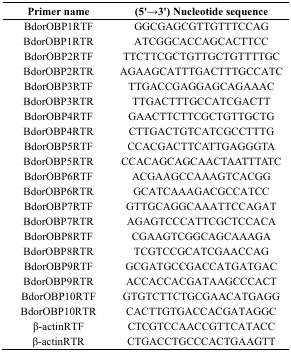
<table><thead><tr><td><b>Primer name</b></td><td><b>(5′→3′) Nucleotide sequence</b></td></tr></thead><tbody><tr><td>BdorOBP1RTF</td><td>GGCGAGCGTTGTTTCCAG</td></tr><tr><td>BdorOBP1RTR</td><td>ATCGGCACCAGCACTTCC</td></tr><tr><td>BdorOBP2RTF</td><td>TTCTTCGCTGTTGCTGTTTTGC</td></tr><tr><td>BdorOBP2RTR</td><td>AGAAGCATTTGACTTTGCCATC</td></tr><tr><td>BdorOBP3RTF</td><td>TTGACCGAGGAGCAGAAAC</td></tr><tr><td>BdorOBP3RTR</td><td>TTGACTTTGCCATCGACTT</td></tr><tr><td>BdorOBP4RTF</td><td>GAACTTCTTCGCTGTTGCTG</td></tr><tr><td>BdorOBP4RTR</td><td>CTTGACTGTCATCGCCTTTG</td></tr><tr><td>BdorOBP5RTF</td><td>CCACGACTTCATTGAGGGTA</td></tr><tr><td>BdorOBP5RTR</td><td>CCACAGCAGCAACTAATTTATC</td></tr><tr><td>BdorOBP6RTF</td><td>ACGAAGCCAAAGTCACGG</td></tr><tr><td>BdorOBP6RTR</td><td>GCATCAAAGACGCCATCC</td></tr><tr><td>BdorOBP7RTF</td><td>GTTGCAGGCAAATTCCAGAT</td></tr><tr><td>BdorOBP7RTR</td><td>AGAGTCCCATTCGCTCCACA</td></tr><tr><td>BdorOBP8RTF</td><td>CGAAGTCGGCAGCAAAGA</td></tr><tr><td>BdorOBP8RTR</td><td>TCGTCCGCATCGAACCAG</td></tr><tr><td>BdorOBP9RTF</td><td>GCGATGCCGACCATGATGAC</td></tr><tr><td>BdorOBP9RTR</td><td>ACCACCACGATAAGCCCACT</td></tr><tr><td>BdorOBP10RTF</td><td>GTGTCTTCTGCGAACATGAGG</td></tr><tr><td>BdorOBP10RTR</td><td>CACTTGTGACCACGATAGGC</td></tr><tr><td>β-actinRTF</td><td>CTCGTCCAACCGTTCATACC</td></tr><tr><td>β-actinRTR</td><td>CTGACCTGCCCACTGAAGTT</td></tr></tbody></table>